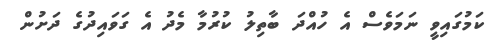
ކަމުގައިވީ ނަމަވެސް އެ ހުއްދަ ބާތިލު ކުރުމާ މެދު އެ ގަވައިދުގެ ދަށުން